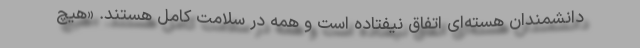
دانشمندان هسته‌ای اتفاق نیفتاده است و همه در سلامت کامل هستند. «هیچ